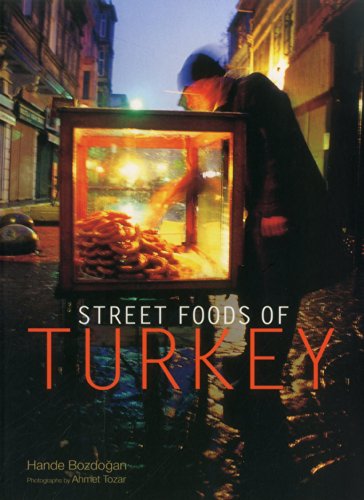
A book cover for Street Foods of Turkey; Hande Bozdogan; Cookbooks, Food & Wine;